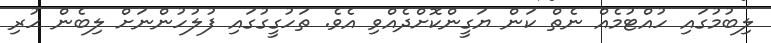
ލިބުމުގައި ހުއްޓުމެއް ނެތް ކަން ޔަގީންކޮށްދެއްވި އެވެ. ތަހުގީގުގައި ފުލުހުންނަށް ލިބެން ހުރި